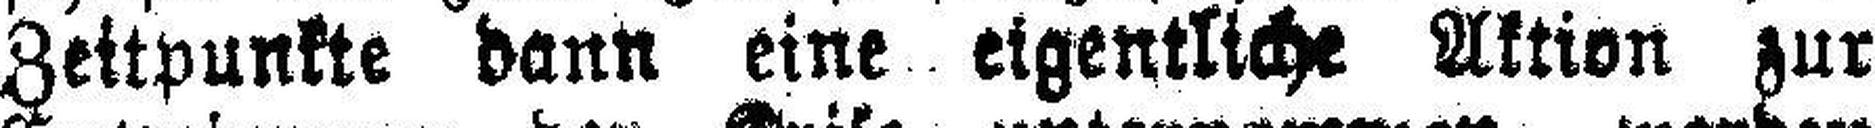
Zeitpunkte dann eine eigentliche Aktion zur